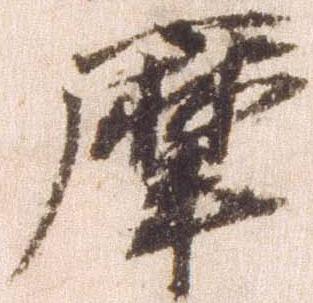
摩